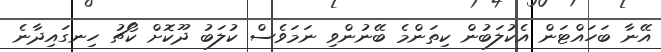
އޭނާ ބަހައްޓަން އެކުލަބުން ކިތަންމެ ބޭނުންވި ނަމަވެސް ކުލަބު ދޫކޮށް ކޯޗު ހިނގައިދާނެ